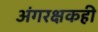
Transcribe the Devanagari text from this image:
अंगरक्षकही